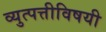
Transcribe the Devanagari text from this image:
व्युत्पत्तीविषयी